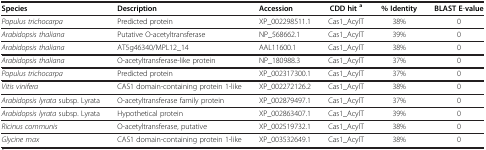
<table><thead><tr><td><b>Species</b></td><td><b>Description</b></td><td><b>Accession</b></td><td><b>CDD hit<sup> a</sup></b></td><td><b>% Identity</b></td><td><b>BLAST E-value</b></td></tr></thead><tbody><tr><td><i>Populus trichocarpa</i></td><td>Predicted protein</td><td>XP_002298511.1</td><td>Cas1_AcylT</td><td>38%</td><td>0</td></tr><tr><td><i>Arabidopsis thaliana</i></td><td>Putative O-acetyltransferase</td><td>NP_568662.1</td><td>Cas1_AcylT</td><td>39%</td><td>0</td></tr><tr><td><i>Arabidopsis thaliana</i></td><td>AT5g46340/MPL12_14</td><td>AAL11600.1</td><td>Cas1_AcylT</td><td>38%</td><td>0</td></tr><tr><td><i>Arabidopsis thaliana</i></td><td>O-acetyltransferase-like protein</td><td>NP_180988.3</td><td>Cas1_AcylT</td><td>37%</td><td>0</td></tr><tr><td><i>Populus trichocarpa</i></td><td>Predicted protein</td><td>XP_002317300.1</td><td>Cas1_AcylT</td><td>37%</td><td>0</td></tr><tr><td><i>Vitis vinifera</i></td><td>CAS1 domain-containing protein 1-like</td><td>XP_002272126.2</td><td>Cas1_AcylT</td><td>38%</td><td>0</td></tr><tr><td><i>Arabidopsis lyrata</i> subsp. Lyrata</td><td>O-acetyltransferase family protein</td><td>XP_002879497.1</td><td>Cas1_AcylT</td><td>37%</td><td>0</td></tr><tr><td><i>Arabidopsis lyrata</i> subsp. Lyrata</td><td>Hypothetical protein</td><td>XP_002863407.1</td><td>Cas1_AcylT</td><td>39%</td><td>0</td></tr><tr><td><i>Ricinus communis</i></td><td>O-acetyltransferase, putative</td><td>XP_002519732.1</td><td>Cas1_AcylT</td><td>38%</td><td>0</td></tr><tr><td><i>Glycine max</i></td><td>CAS1 domain-containing protein 1-like</td><td>XP_003532649.1</td><td>Cas1_AcylT</td><td>38%</td><td>0</td></tr></tbody></table>